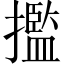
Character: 㩜